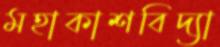
মহাকাশবিদ্যা